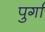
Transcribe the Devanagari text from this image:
पुर्गा